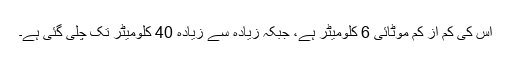
اس کی کم از کم موٹائی 6 کلومیٹر ہے، جبکہ زیادہ سے زیادہ 40 کلومیٹر تک چلی گئی ہے۔